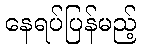
နေရပ်ပြန်မည့်